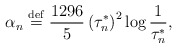
\begin{align*}\alpha _{n}\stackrel{\rm def}{=}\frac{1296}{5}\left( \tau _{n}^{*}\right)^{2}\log \frac{1}{\tau _{n}^{*}}, \end{align*}